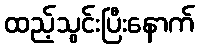
ထည့်သွင်းပြီးနောက်